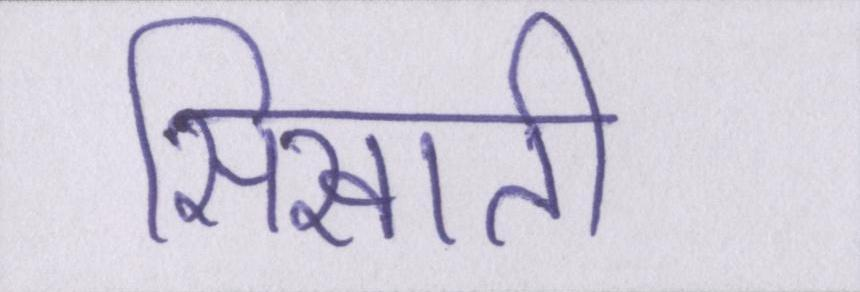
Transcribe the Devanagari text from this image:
सिखाती